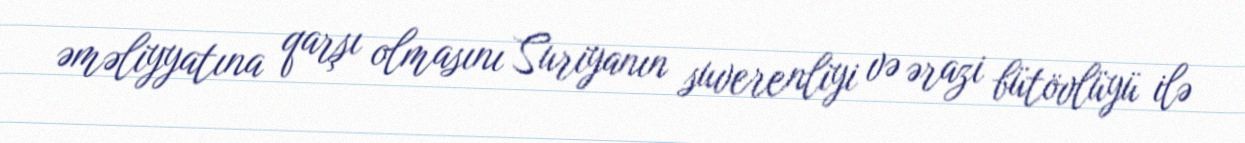
əməliyyatına qarşı olmasını Suriyanın suverenliyi və ərazi bütövlüyü ilə